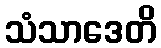
သံသာဒေတိ